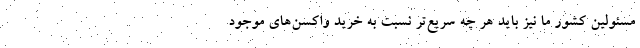
مسئولین کشور ما نیز باید هر چه سریع‌تر نسبت به خرید واکسن‌های موجود